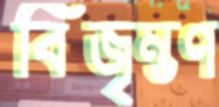
বিজৃম্ভণ